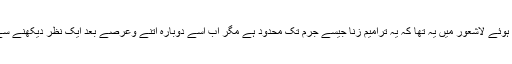
پہلے شاید زنابلجبر سے متعلق ترامیم کو پڑھتے ہوئے لاشعور میں یہ تھا کہ یہ ترامیم زنا جیسے جرم تک محدود ہے مگر اب اسے دوبارہ اتنے وعرصے بعد ایک نظر دیکھنے سے یہ آگاہی ہوئی کہ اس کے اثرات دور رس ہیں۔